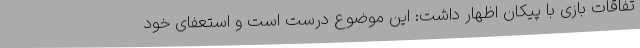
تفاقات بازی با پیکان اظهار داشت: این موضوع درست است و استعفای خود